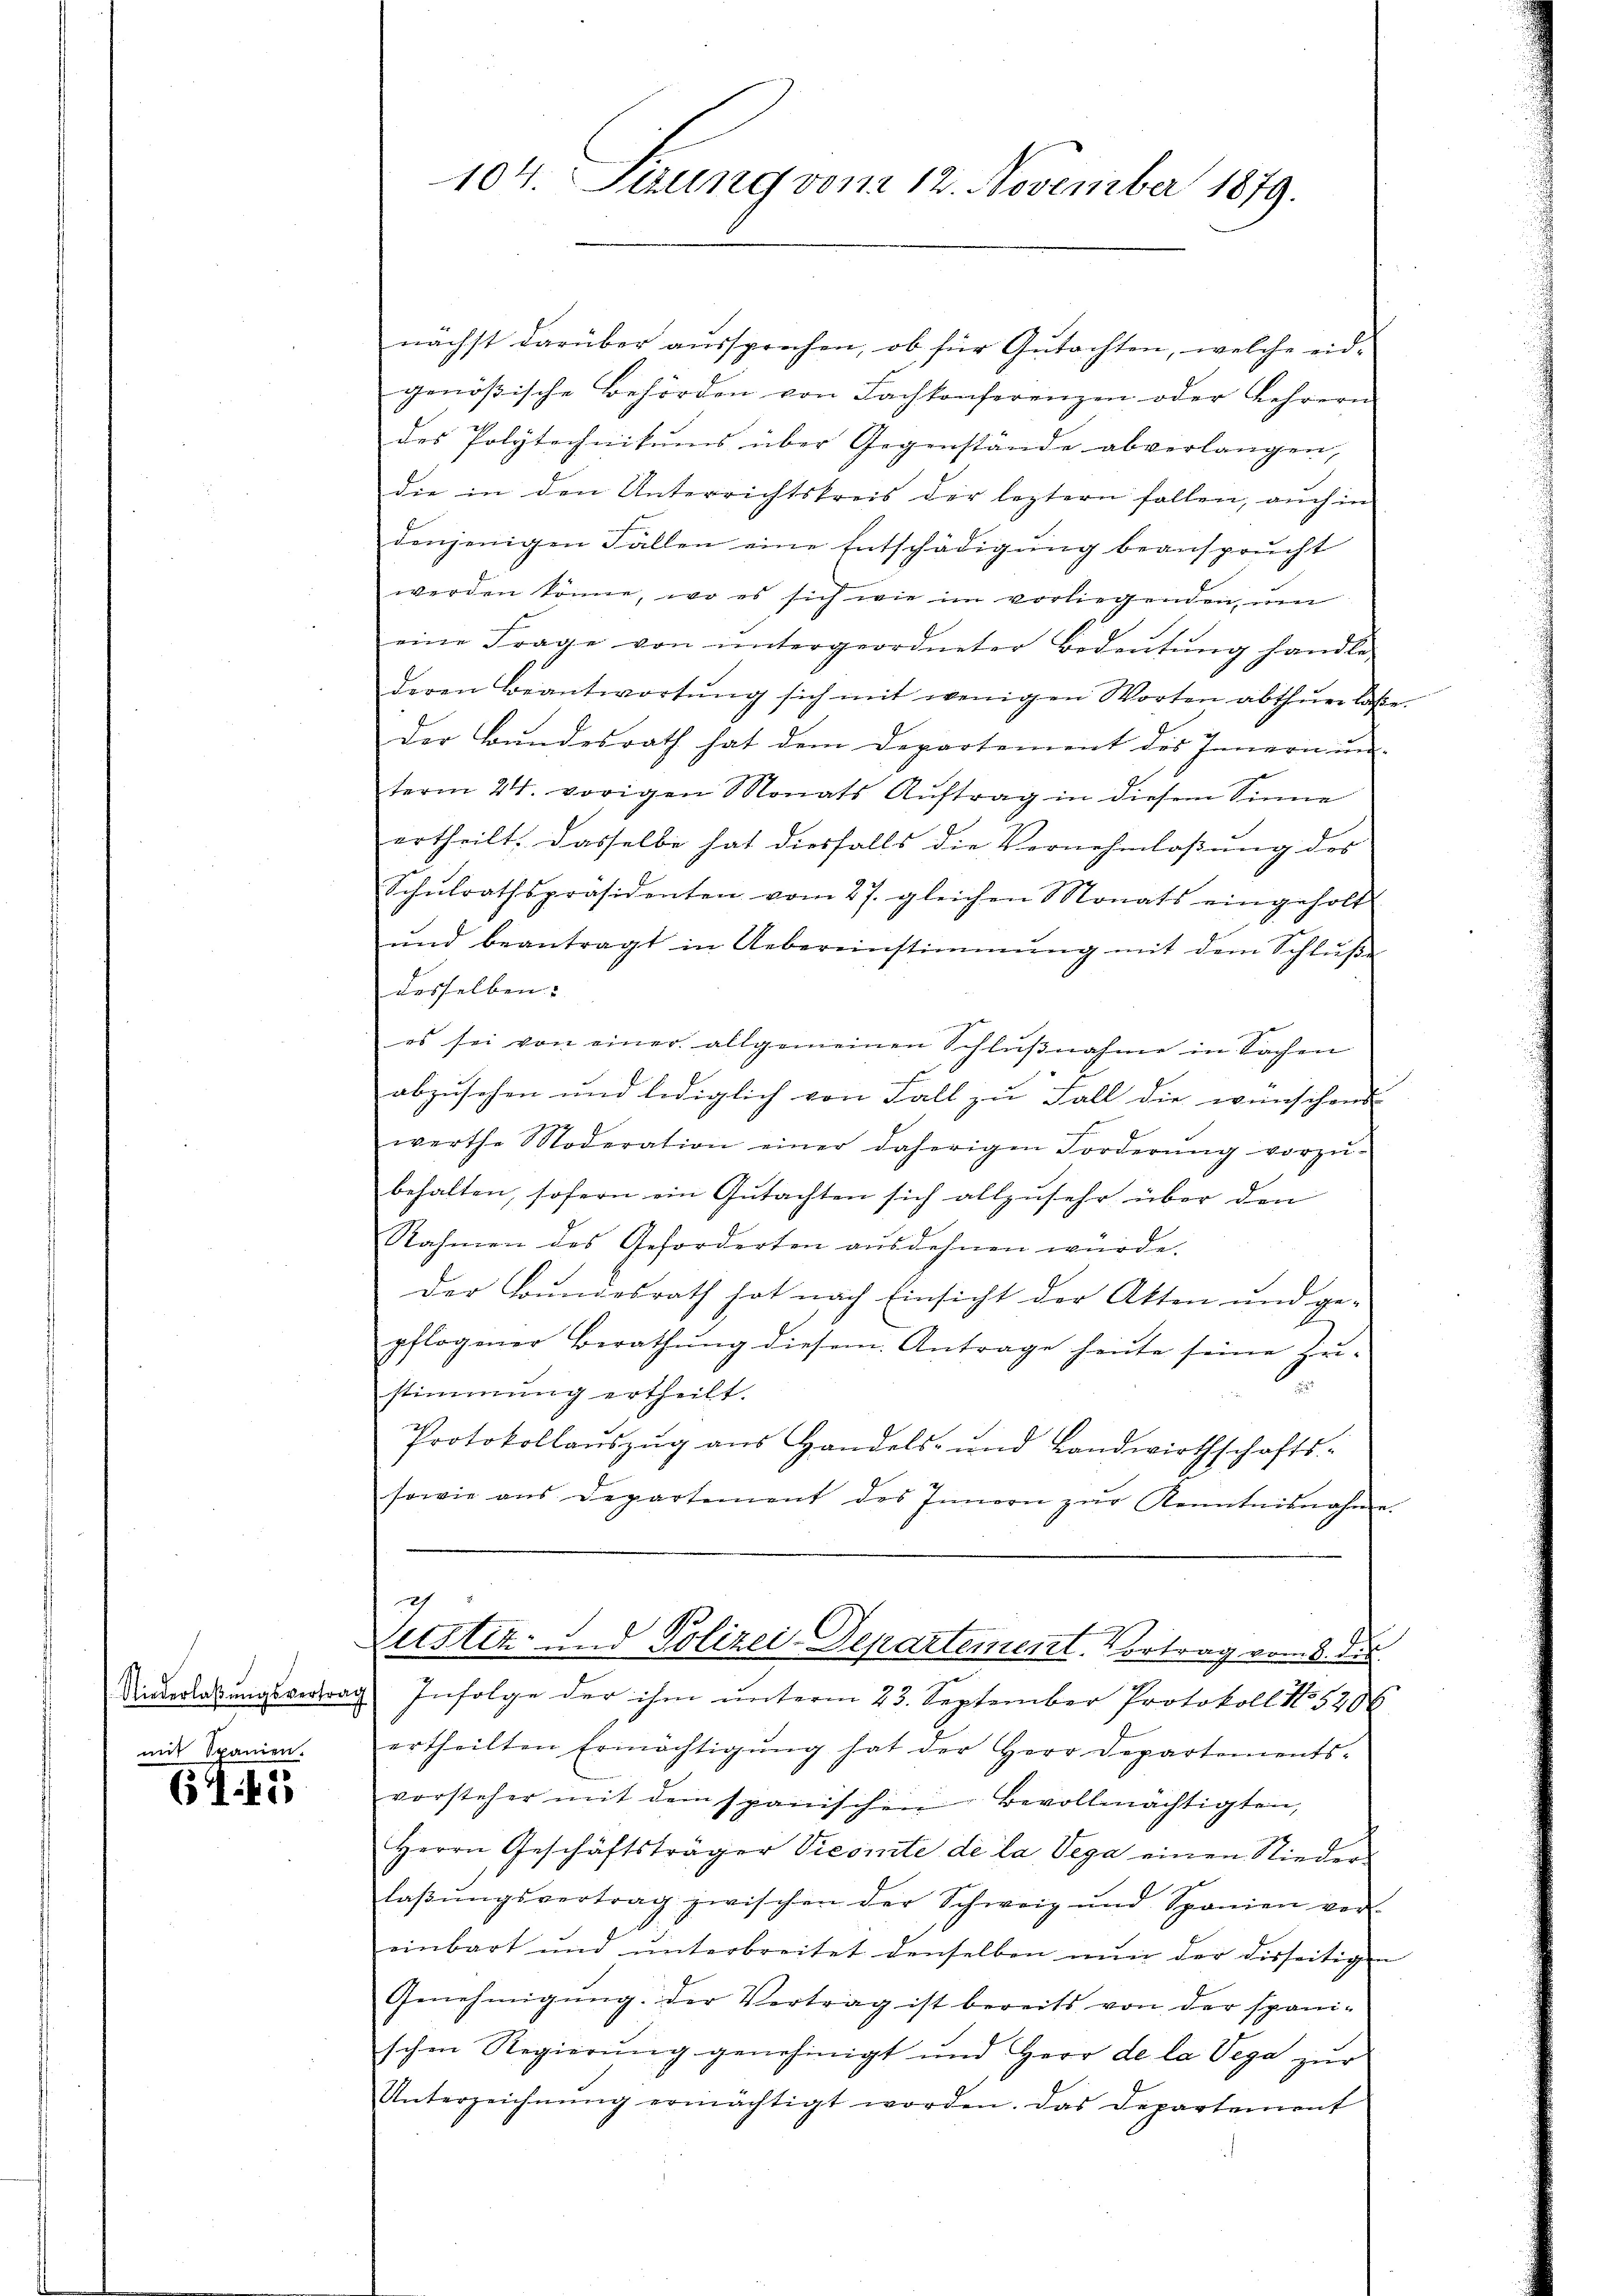
mit Spanien.

641

104. Serung vom 12. November 1879.

nächst darüber aussprechen, ob für Gutachten, welche eidgenößische Behörden von Fachkonferenzen oder Lehrern
des Polytechnikums über Gegenstände abverlangen,
die in den Unterrichtskreis der leztern fallen, auch in
denjenigen Fallen eine Entschädigung beansprucht
werden könne, wo es sich wie im vorliegenden, um
eine Frage von ŭntergeordneter Bedeŭtŭng handle.
deren Beantwortŭng sich mit wenigen Worten abthŭer lasse.
der Bundesrath hat dem Departement des Innern um
term 24. vorigen Monats Aŭftrag in diesem Sinne
ertheilt. Dasselbe hat diesfalls die Vernehmlassung des
Schŭlrathspräsidenten vom 27. gleichen Monats eingeholt
ŭnd beantragt in Uebereinstimmung mit dem Schlŭβe
desselben:
es sei von einer allgemeinen Schlŭβnahme in Sachen
abzusehen und lediglich von Fall zu Fall die wünschens
werthe Moderation einer daherigen Forderŭng vorzŭ-
behalten, sofern ein Gutachten sich allzusehr über den
Nahmen des Geforderten ausdehnen würde.
der Bundesrath hat nach Einsicht der Akten und ge-
pflogener Berathŭng diesem Antrage heute seine Zin-
stimmung ertheilt.
Protokollaŭszŭg ans Handels- und Landwirthschafts-
sowie aus Departement des Innern zŭr Kenntnisnahme.
24
Letsten und Polizei-Departement. Vortrag vom 8. des
Niederlaßungsvertrag Infolge der ihm unterm 23. September Protokoll No 5206
ertheilten Ermächtigŭng hat der Herr Departements-
vorsteher mit dem spanischen Bevollmächtigten,
Herrn Geschäftsträger Viesinte de la Vega einen Nieder-
laβŭngsvertrag zwischen der Schweig und Spanien ver-
einbart und ŭnterbreitet denselben nŭn der disseitigen
Genehmigŭng. Der Vertrag ist bereits von der spani-
schen Regierung genehmigt und Herr de la Vega zur
Unterzeichnŭng ermächtigt worden. Das Departement